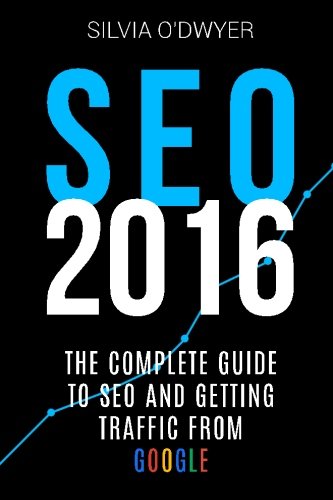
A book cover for SEO 2016: The Ultimate Guide To SEO And Getting Traffic From Google; Silvia O'Dwyer; Computers & Technology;